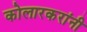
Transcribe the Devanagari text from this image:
कोलारकरांनी